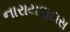
નારાયણદાસ